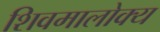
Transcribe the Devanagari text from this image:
शिवमालोक्य